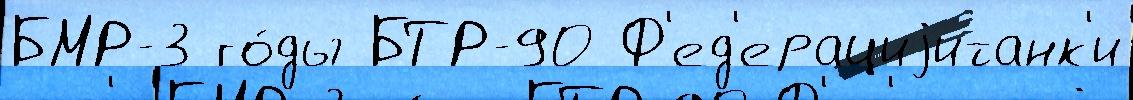
БМР-3 го́ды БТР-90 Ф'ед'ерациjитанк'и